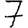
Digit: 7